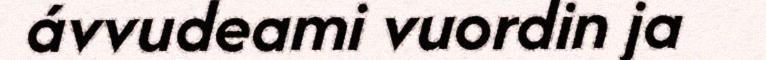
ávvudeami vuordin ja